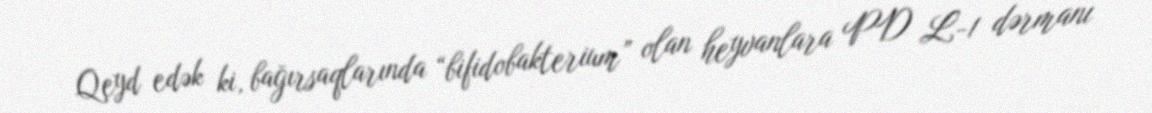
Qeyd edək ki, bağırsaqlarında “bifidobakterium” olan heyvanlara PD L-1 dərmanı